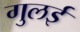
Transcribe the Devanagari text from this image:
गुलई